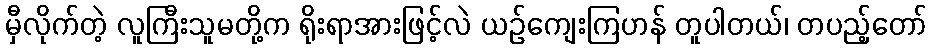
မှီလိုက်တဲ့ လူကြီးသူမတို့က ရိုးရာအားဖြင့်လဲ ယဉ်ကျေးကြဟန် တူပါတယ်၊ တပည့်တော်